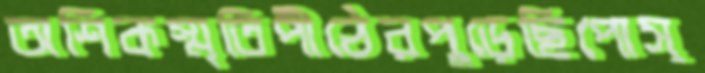
অশিকস্মৃতিপীঠেরপুড়েছিপোস্